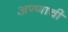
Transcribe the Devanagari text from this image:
अण्णाची